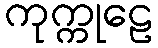
ကုက္ကုဠေ